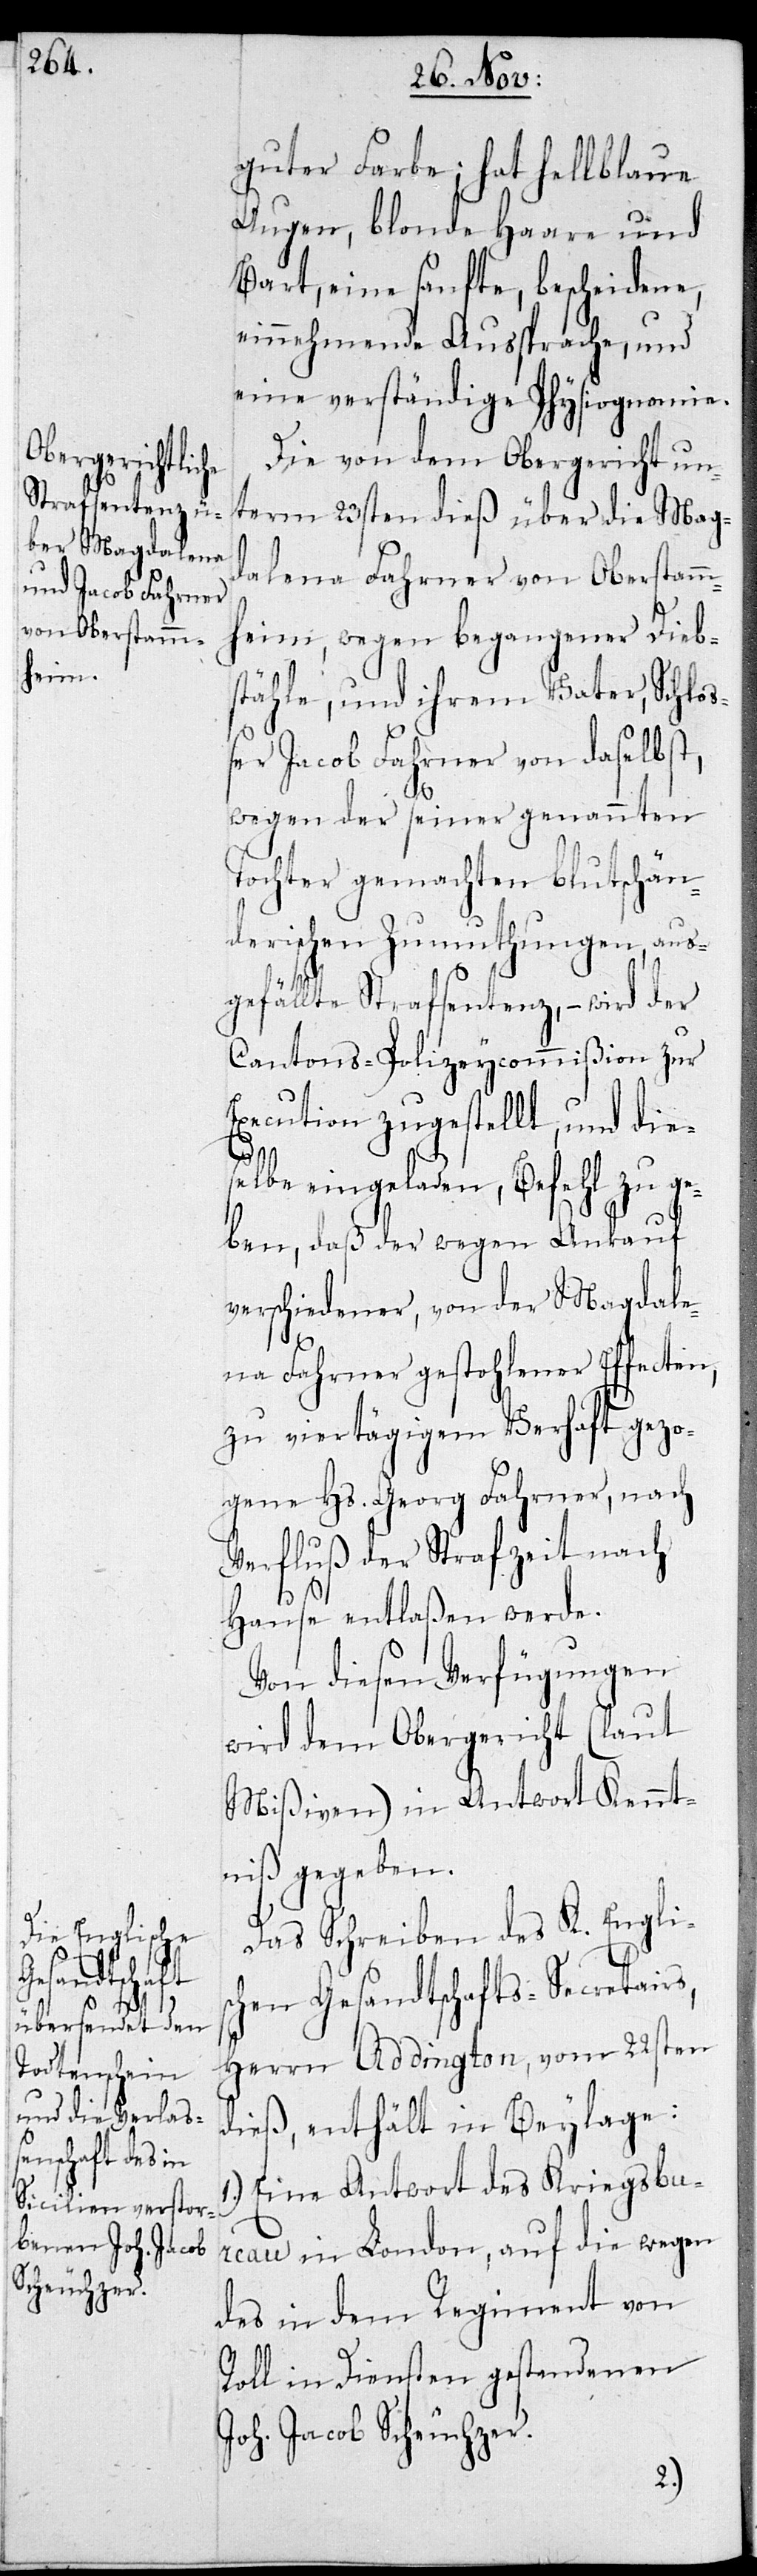
guter Farbe; hat hellblaue
Augen, blonde Haare und
Bart, eine sanfte, bescheidene
einnehmende Aussprache, und
eine verständige Physiognomie.
Die von dem Obergericht un¬
term 23sten dieß über die Mag¬
dalena Fahrner von Oberstamm¬
heim, wegen begangener Diebs¬
tähle, und ihrem Vater, Schlo¬
ßer Jacob Fahrner von daselbst,
wegen der seiner genannten
Tochter gemachten blutschän¬
derischen Zumuthungen, aus¬
gefällte Strafsentenz, – wird der
Cantons-Polizeycommißion zur
Execution zugestellt, und dies¬
elbe eingeladen, Befehl zu ge¬
ben, daß der, wegen Ankauf
verschiedener, von der Magdale¬
na Fahrner gestohlener Effecten,
zu viertägigem Verhaft ge¬
gen Hs. Georg Fahrner, nach
Verfluß der Strafzeit nach
Hause entlaßen werde.
Von diesen Verfügungen
wird dem Obergericht (laut
Mißiven) in Antwort Kennt¬
niß gegeben.
Das Schreiben des K. Englis¬
chen Gesandtschafts-Secretairs,
Herrn Addington, vom 22sten
dieß, enthält in Beylage:
Eine Antwort des Kriegsbur¬
eau in London, auf die wegen
des in dem Regiment von
Roll in Diensten gestandenen
Joh. Jacob Scheuchzer.